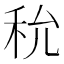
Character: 𥝲